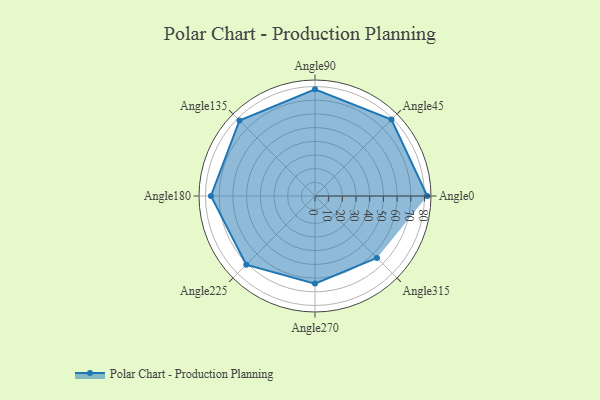
{"axis": {"x": "Angle", "y": "Radius"}, "legend": [""], "data": [{"x": "Angle0", "y": 82.0, "type": ""}, {"x": "Angle45", "y": 79.0, "type": ""}, {"x": "Angle90", "y": 78.0, "type": ""}, {"x": "Angle135", "y": 78.0, "type": ""}, {"x": "Angle180", "y": 76.0, "type": ""}, {"x": "Angle225", "y": 71.0, "type": ""}, {"x": "Angle270", "y": 64.0, "type": ""}, {"x": "Angle315", "y": 64.0, "type": ""}]}